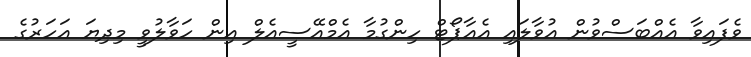
ވެފައިވާ އެއްބަސްވުން އުވާލައި އެއާޕޯޓް ހިންގުމާ އެމްއޭސީއެލް އިން ހަވާލުވީ މިދިޔަ އަހަރުގެ